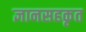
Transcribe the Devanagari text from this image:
ज्ञानसहकृत